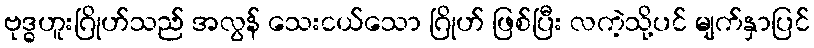
ဗုဒ္ဓဟူးဂြိုဟ်သည် အလွန် သေးငယ်သော ဂြိုဟ် ဖြစ်ပြီး လကဲ့သို့ပင် မျက်နှာပြင်